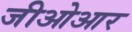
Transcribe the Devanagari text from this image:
जीओआर